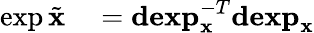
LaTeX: \begin{array}{rl}{\exp\tilde{\mathbf{x}}}&{{}=\mathbf{dexp}_{\mathbf{x}}^{-T}\mathbf{dexp}_{\mathbf{x}}}\end{array}